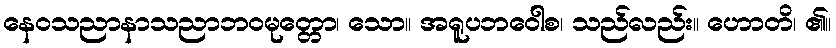
နေဝသညာနာသညာဘဝမုတ္တော၊ သော။ အရူပဘဝေါစ၊ သည်လည်း။ ဟောတိ၊ ၏။